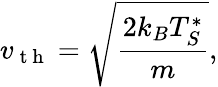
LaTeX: v_{\mathrm{~t~h~}}=\sqrt{\frac{2k_{B}T_{S}^{*}}{m}},